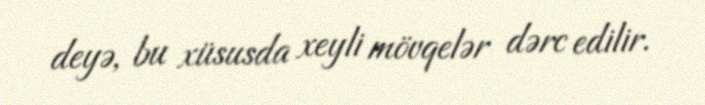
deyə, bu xüsusda xeyli mövqelər dərc edilir.